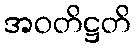
အဝတိဋ္ဌတိ